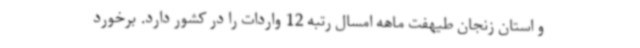
و استان زنجان طیهفت ماهه امسال رتبه 12 واردات را در کشور دارد. برخورد